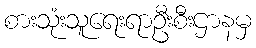
စားသုံးသူရေးရာဦးစီးဌာနမှ